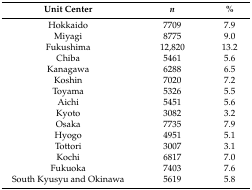
<table><thead><tr><td><b>Unit Center</b></td><td><b><i>n</i></b></td><td><b>% </b></td></tr></thead><tbody><tr><td>Hokkaido </td><td>7709 </td><td>7.9</td></tr><tr><td>Miyagi </td><td>8775 </td><td>9.0</td></tr><tr><td>Fukushima </td><td>12,820 </td><td>13.2</td></tr><tr><td>Chiba </td><td>5461 </td><td>5.6</td></tr><tr><td>Kanagawa </td><td>6288 </td><td>6.5</td></tr><tr><td>Koshin </td><td>7020 </td><td>7.2</td></tr><tr><td>Toyama </td><td>5326 </td><td>5.5</td></tr><tr><td>Aichi </td><td>5451 </td><td>5.6</td></tr><tr><td>Kyoto </td><td>3082 </td><td>3.2</td></tr><tr><td>Osaka </td><td>7735 </td><td>7.9</td></tr><tr><td>Hyogo </td><td>4951 </td><td>5.1</td></tr><tr><td>Tottori </td><td>3007 </td><td>3.1</td></tr><tr><td>Kochi </td><td>6817 </td><td>7.0</td></tr><tr><td>Fukuoka </td><td>7403 </td><td>7.6</td></tr><tr><td>South Kyusyu and Okinawa </td><td>5619 </td><td>5.8</td></tr></tbody></table>